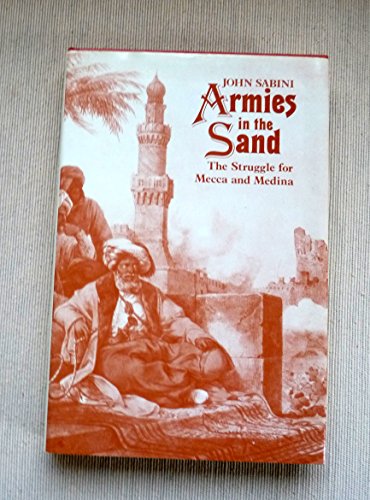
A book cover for Armies in the Sand: Struggle for Mecca and Medina; John Sabini; Religion & Spirituality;